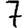
Digit: 7